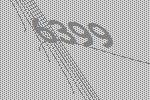
6399